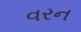
વરન